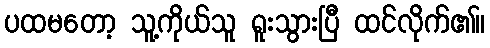
ပထမတော့ သူ့ကိုယ်သူ ရူးသွားပြီ ထင်လိုက်၏။